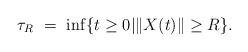
LaTeX: \begin{align*}\tau_R \ = \ \inf \{ t \geq 0 | \| X(t) \| \geq R \}.\end{align*}